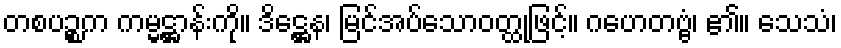
တစပဉ္စက ကမ္မဋ္ဌာန်းကို။ ဒိဋ္ဌေန၊ မြင်အပ်သောဝတ္ထုဖြင့်။ ဂဟေတဗ္ဗံ၊ ၏။ သေသံ၊